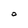
Character: O